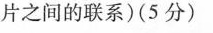
片之间的联系)(5分)